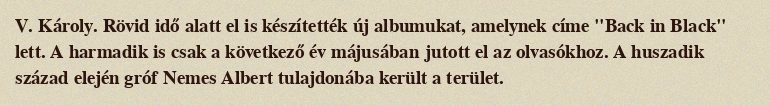
V. Károly. Rövid idő alatt el is készítették új albumukat, amelynek címe "Back in Black" lett. A harmadik is csak a következő év májusában jutott el az olvasókhoz. A huszadik század elején gróf Nemes Albert tulajdonába került a terület.